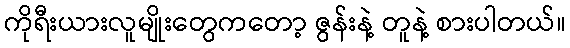
ကိုရီးယားလူမျိုးတွေကတော့ ဇွန်းနဲ့ တူနဲ့ စားပါတယ်။